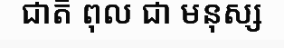
ជាតិ ពុល ជា មនុស្ស